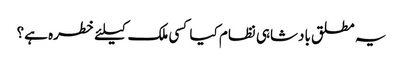
یہ مطلق بادشاہی نظام کیا کسی ملک کیلئے خطره ہے؟